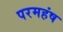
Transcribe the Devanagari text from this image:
परमहंष